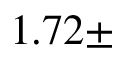
1 . 7 2 \pm